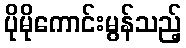
ပိုမိုကောင်းမွန်သည့်